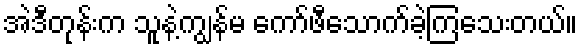
အဲဒီတုန်းက သူနဲ့ကျွန်မ ကော်ဖီသောက်ခဲ့ကြသေးတယ်။